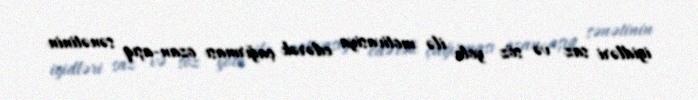
igidləri saz və söz yolu ilə motivasiya edərək çağırması ozan-aşıq sənətinin